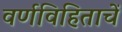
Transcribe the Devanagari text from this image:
वर्णविहिताचें